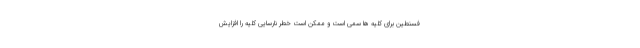
فسنطین برای کلیه ها سمی است و ممکن است خطر نارسایی کلیه را افزایش